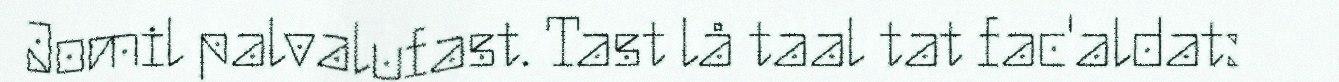
Jomil palvalufast. Tast lå taal tat fac'aldat: